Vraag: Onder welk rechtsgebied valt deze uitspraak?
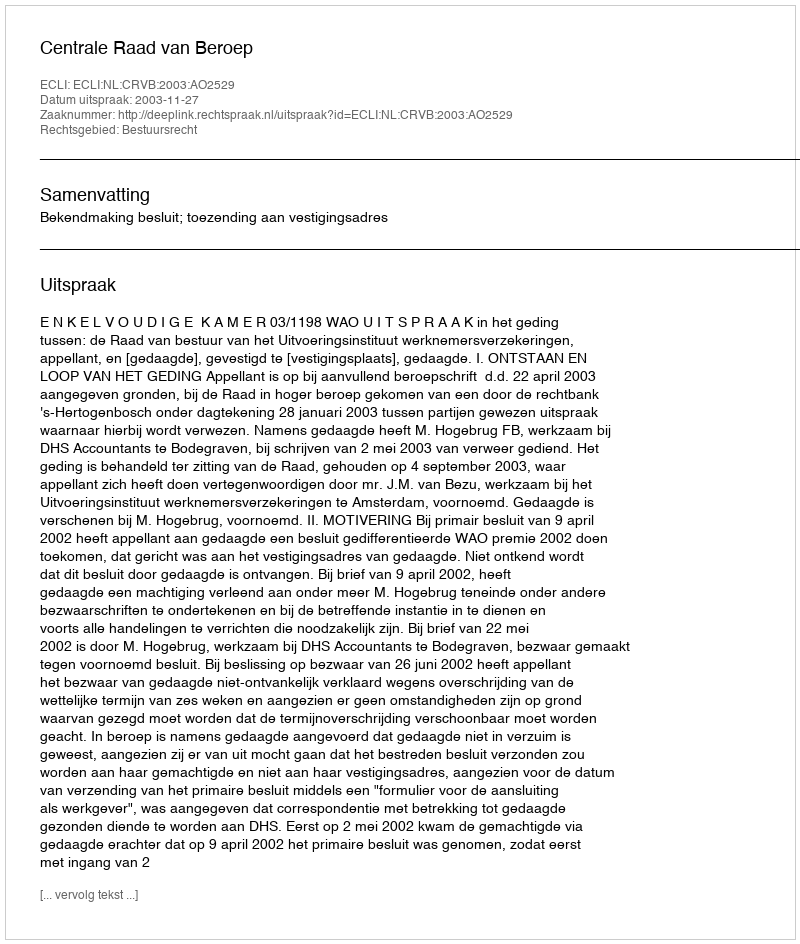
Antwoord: Bestuursrecht